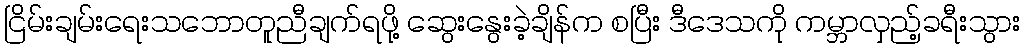
ငြိမ်းချမ်းရေးသဘောတူညီချက်ရဖို့ ဆွေးနွေးခဲ့ချိန်က စပြီး ဒီဒေသကို ကမ္ဘာလှည့်ခရီးသွား